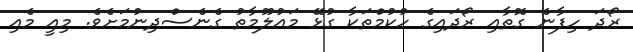
ރޯދަ ހިފާނެ ގޮތާއި ރޯދައިގެ ހުކުމްތަކާ ގުޅޭ މައުލޫމާތު ގެނެސްދިނުމަށެވެ. މިއީ މެއި